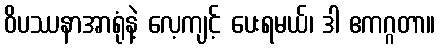
ဝိပဿနာအာရုံနဲ့ လေ့ကျင့် ပေးရမယ်၊ ဒါ ဧကဂ္ဂတာ။